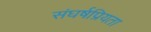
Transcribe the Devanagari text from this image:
संघर्षप्रियता